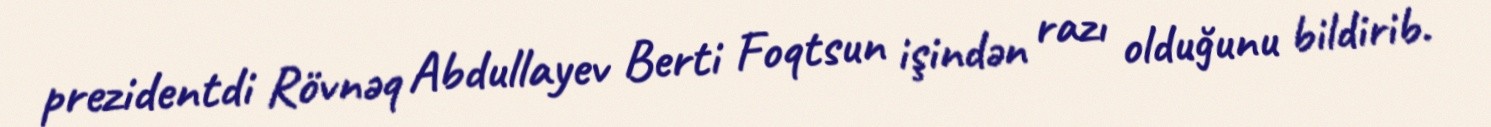
prezidentdi Rövnəq Abdullayev Berti Foqtsun işindən razı olduğunu bildirib.